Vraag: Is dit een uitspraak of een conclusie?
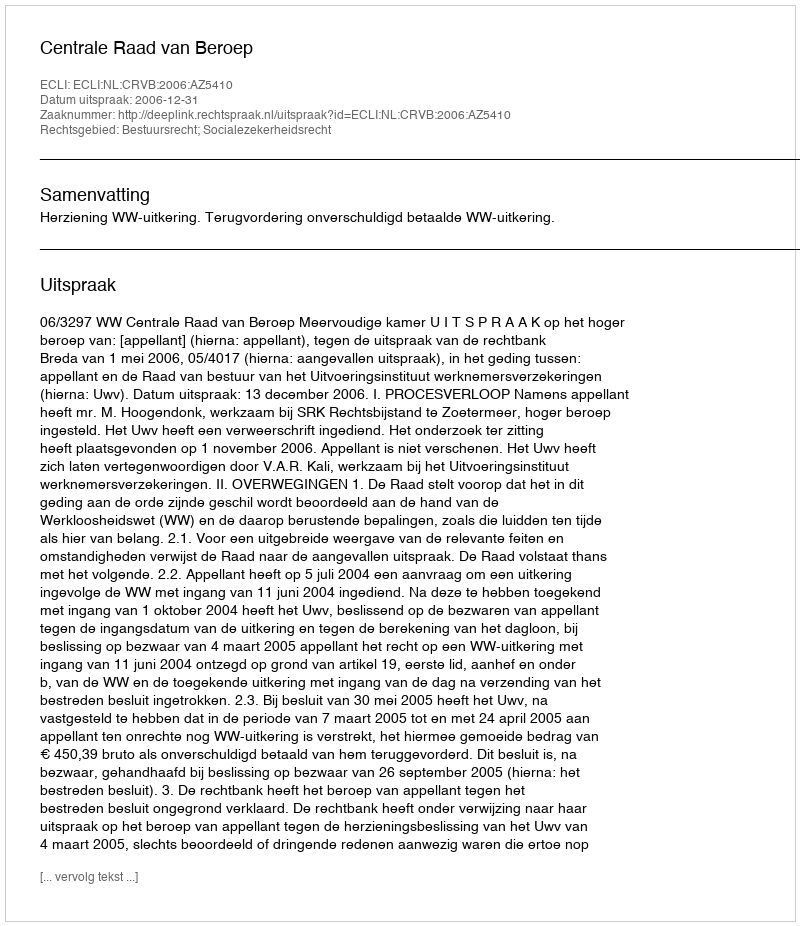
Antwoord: Uitspraak